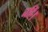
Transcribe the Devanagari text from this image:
नहिं।